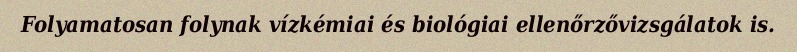
Folyamatosan folynak vízkémiai és biológiai ellenőrzővizsgálatok is.